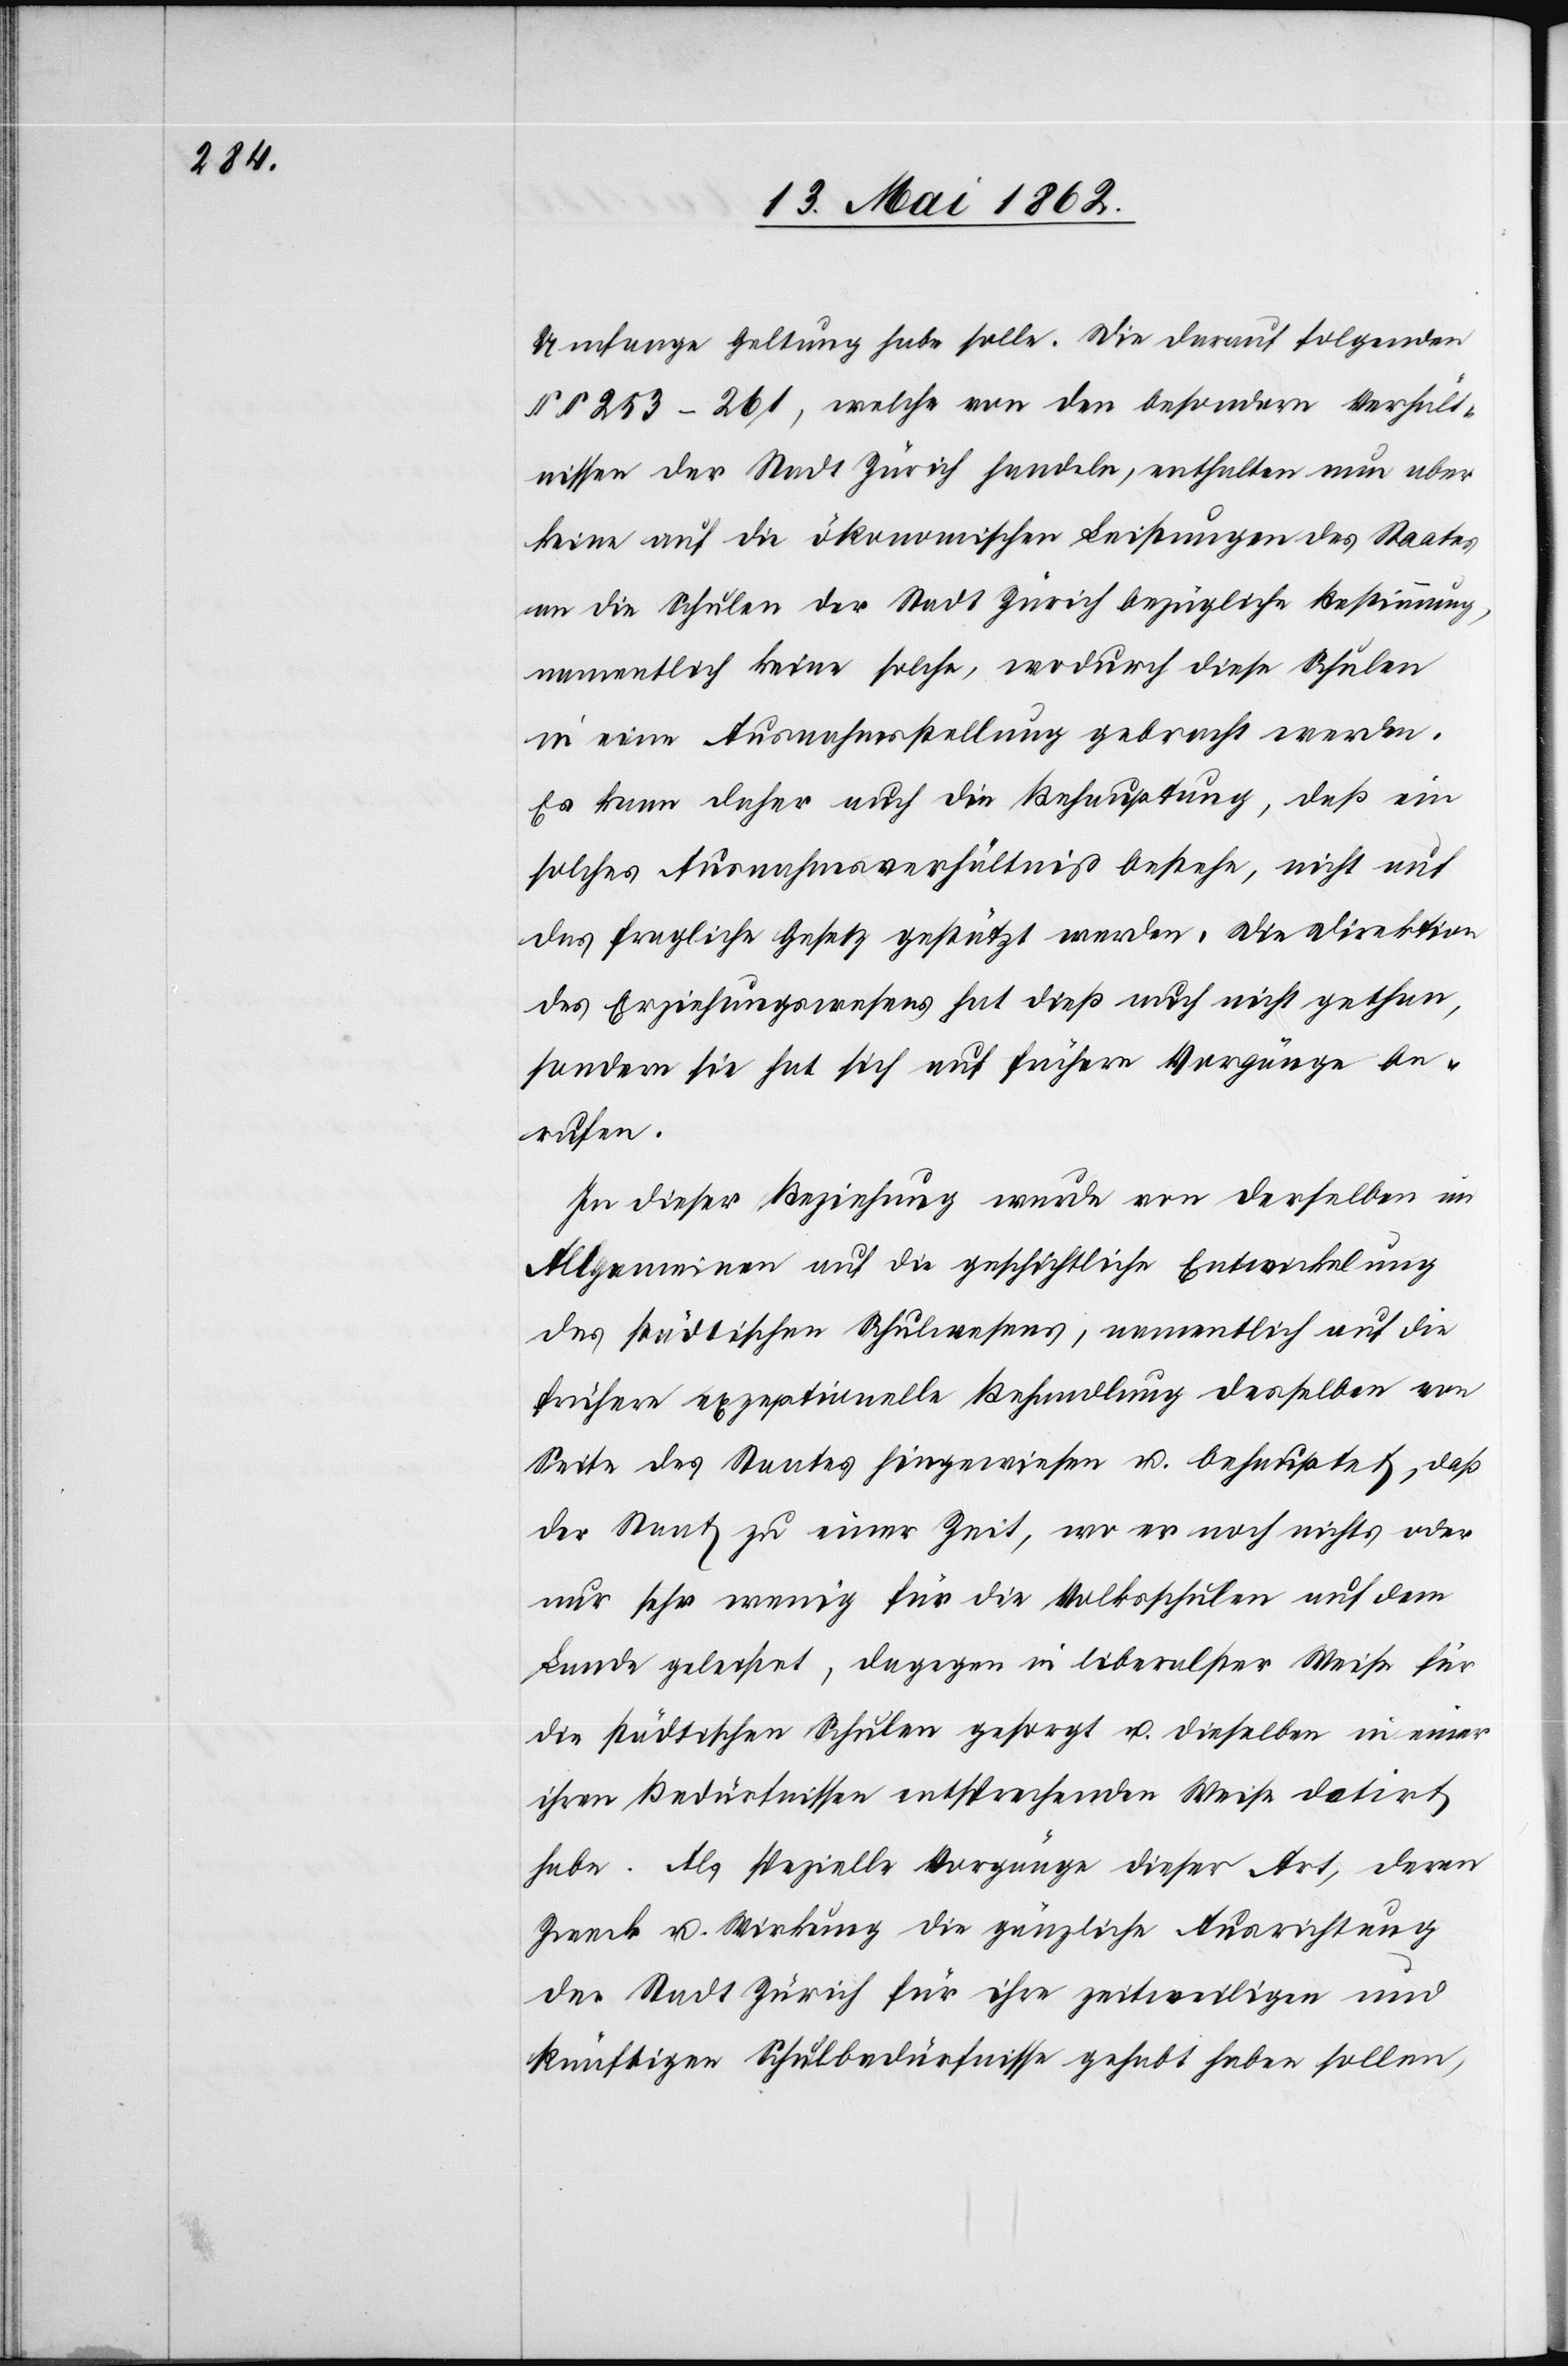
Umfange Geltung habe solle. Die darauf folgenden
§§ 253–261, welche von den besondern Verhält¬
nissen der Stadt Zürich handeln, enthalten nun aber
keine auf die ökonomischen Leistungen des Staates
an die Schulen der Stadt Zürich bezügliche Bestimmung,
namentlich keine solche, wodurch diese Schulen
in eine Ausnahmsstellung gebracht werden.
Es kann daher auch die Behauptung, daß ein
solches Ausnahmsverhältniß bestehe, nicht auf
das fragliche Gesetz gestützt werden. Die Direktion
des Erziehungswesens hat dieß auch nicht gethan,
sondern sie hat sich auf frühere Vorgänge be¬
rufen.
In dieser Beziehung wurde von derselben im
Allgemeinen auf die geschichtliche Entwickelung
des städtischen Schulwesens, namentlich auf die
frühere exzeptionelle Behandlung desselben von
Seite des Staates hingewiesen u. behauptet, daß
der Staat zu einer Zeit, wo er noch nichts oder
nur sehr wenig für die Volksschulen auf dem
Lande geleistet, dagegen in liberalster Weise für
die städtischen Schulen gesorgt u. dieselben in einer
ihren Bedürfnissen entsprechenden Weise datirt
habe. Als spezielle Vorgänge dieser Art, deren
Zweck u. Wirkung die gänzliche Ausrichtung
der Stadt Zürich für ihre zeitweiligen und
künftigen Schulbedürfnisse gehabt haben sollen,